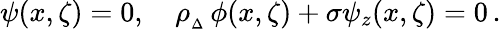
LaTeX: \psi(x,\zeta)=0,\quad\rho_{{}_{\Delta}}\, \phi(x,\zeta)+\sigma\psi_{z}(x,\zeta)=0\, .